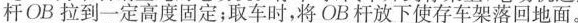
杆OB拉到一定高度固定；取车时，将OB杆放下使存车架落回地面。